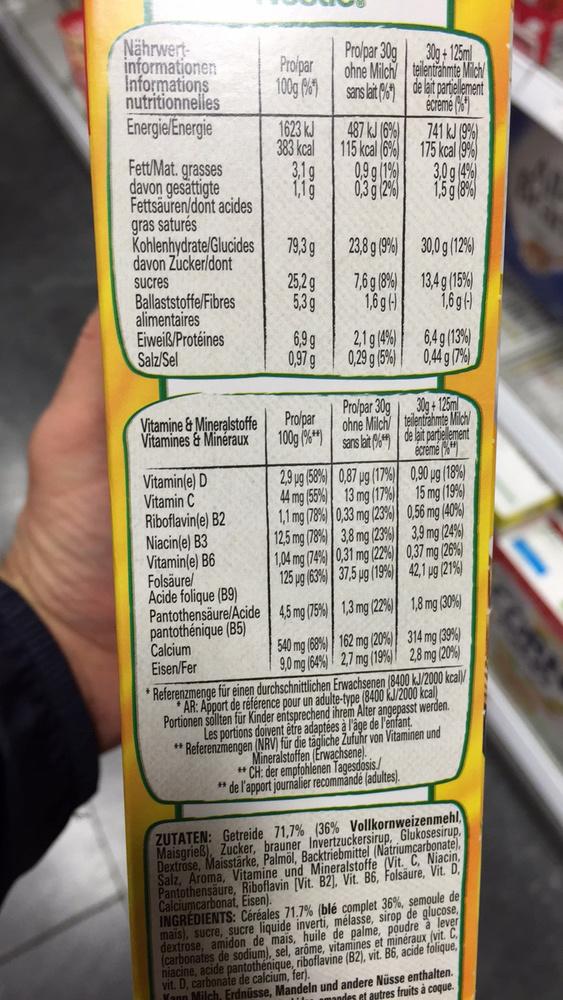
Nährwertinformationen Informations nutritionnelles
Energie/Energie
Fett/Mat. grasses davon gesättigte Fettsäuren/dont acides gras saturés
Kohlenhydrate/Glucides davon Zucker/dont
sucres Ballaststoffe/Fibres
alimentaires
Eiweiß/Protéines
Salz/Sel
Vitamine & Mineralstoffe Vitamines & Minéraux
Vitamin(e) D Vitamin C
Riboflavin(e) B2
Niacin(e) B3
Vitamin(e) B6 Folsäure/ Acide folique (B9)
Pantothensäure/Acide pantothénique (B5)
Calcium Eisen/Fer
Prolpar
100g %)
1623 kJ
383 kcal
3,1g
79,3 g
25,2g
5,3g
6,9 g
0,97 g
Pro/par
100g (%)
2,9 ug (58%)
44 mg (55%)
1,1 mg (78%)
12,5 mg (78%)
1,04 mg (74%)
125 µg (63%)
4,5 mg (75%)
Pro/par 30g ohne Milch
sans lait (%)
487 kJ (6%)
kcal (6%)
115
0,9 g (1%)
0,3 g (2%)
23,8 g (9%)
7,6 g (8%)
1,6g (-)
2,1g (4%)
0,29 g (5%)
Pro/par 30g
ohne Milch
sans lait
0,87 ug (17%)
13 mg (17%)
0,33 mg (23%)
3,8 mg (23%)
0,31 mg (22%)
37,5 µg (19%)
1,3 mg (22%)
540 mg (68%)
162 mg (20%)
9,0 mg (64%) 2,7 mg (19%)
30g+125ml teilentrahmte Milch
de lait partiellement
écreme
741 kJ (9%)
175 kcal (9%
3,0 g (4%)
1,5 g (8%)
30,0 g (12%)
13,4 g (15%)
1,6g (-)
6,4 g (13%)
0,44 g (7%)
30g+125ml
teilentrahmte Milch
de lait partiellement
ecreme
0,90 µg (18%)
15 mg (19%)
0,56 mg (40%)
3,9 mg (24%)
0,37 mg (26%)
42,1 µg (21%)
1,8 mg (30%)
314 mg (39%)
2,8 mg (20%)
*Referenzmenge für einen durchschnittlichen Erwachsenen (8400 kJ/2000 kcal/ AR: Apport de référence pour un adulte-type (8400 kJ/2000 kcal) Portionen sollten für Kinder entsprechend ihrem Alter angepasst werden. Les portions doivent être adaptées à l'âge de l'enfant. **Referenzmengen (NRV) für die tägliche Zufuhr von Vitaminen und Mineralstoffen (Erwachsene). **CH: der empfohlenen Tagesdosis "de l'apport journalier recommandé (adultes).
ZUTATEN: Getreide 71,7% (36 % Vollkornweizenmehl, Maisgrieß), Zucker, brauner Invertzuckersirup, Glukosesirup, Dextrose, Maisstärke, Palmöl, Backtriebmittel (Natriumcarbonate), Salz, Aroma, Vitamine und Mineralstoffe (Vit. C, Niacin, Pantothensäure, Riboflavin [Vit. B2), Vit. B6, Folsäure, Vit. D Calciumcarbonat, Eisen).
INGRÉDIENTS: Céréales 71.7% (blé complet 36%, semoule de mais), sucre, sucre liquide inverti, mélasse, sirop de glucose, dextrose, amidon de mais, huile de palme, poudre à lever (carbonates de sodium), sel, arôme, vitamines et minéraux (vit. C niacine, acide pantothenique, riboflavine (B2), vit. B6, acide folique, vit. D, carbonate de calcium, fer).
Yann Milch, Erdnüsse, Mandeln und andere Nüsse enthalten. amandes et autres fruits à coque.